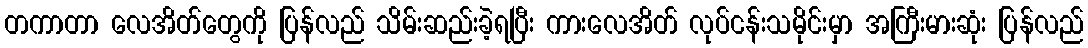
တကာတာ လေအိတ်တွေကို ပြန်လည် သိမ်းဆည်းခဲ့ရပြီး ကားလေအိတ် လုပ်ငန်းသမိုင်းမှာ အကြီးမားဆုံး ပြန်လည်